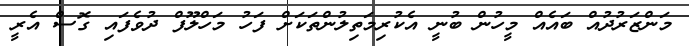
މަންޒަރުދުއް ބައެއް މީހުން ބުނީ އެކުރިމަތިލުންތަކަށް ފަހު މަހްލޫފް ދުވެފައި ގޮސް އެރީ